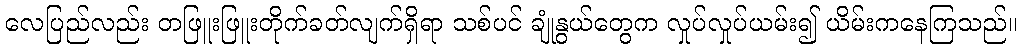
လေပြည်လည်း တဖြူးဖြူးတိုက်ခတ်လျက်ရှိရာ သစ်ပင် ချုံနွယ်တွေက လှုပ်လှုပ်ယမ်း၍ ယိမ်းကနေကြသည်။